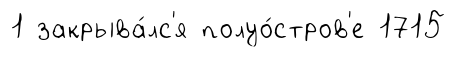
1 закрыва́лс'я полуо́стров'е 1715